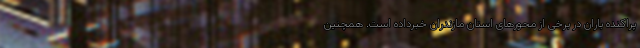
پراکنده باران در برخی از محورهای استان مازندران خبرداده است. همچنین